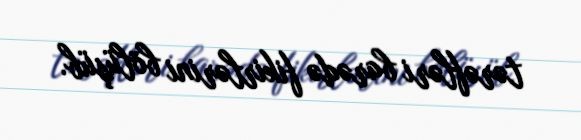
tərəfləri barədə fikirlərini bölüşüb.